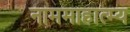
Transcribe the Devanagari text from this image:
नाममाहात्म्य